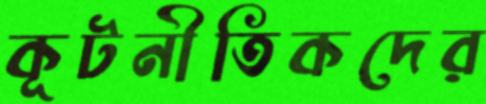
কূটনীতিকদের